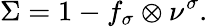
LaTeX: \Sigma=1-f_{\sigma}\otimes\nu^{\sigma}.